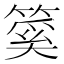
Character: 𥰥